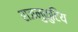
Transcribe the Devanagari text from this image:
राजमुकुटिय